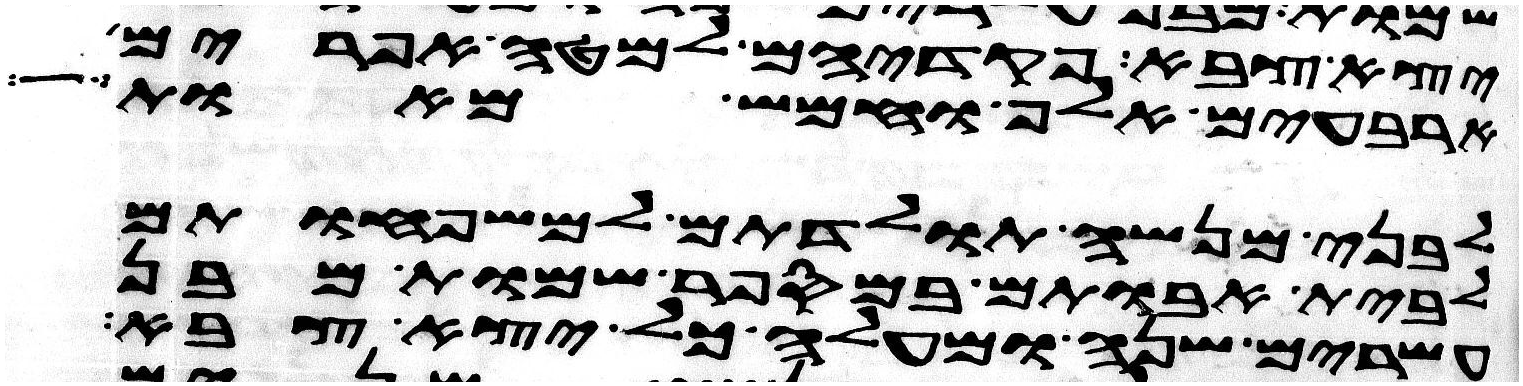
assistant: יצא צבא פקדיהם למטה אפרים
ארבעים אלף וחמש מאות
לבני מנשה תולדתם למשפחותם
לבית אבותם במספר שמות מבן
עשרים שנה ומעלה כל יצא צבא